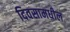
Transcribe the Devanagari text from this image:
दिवसामधील